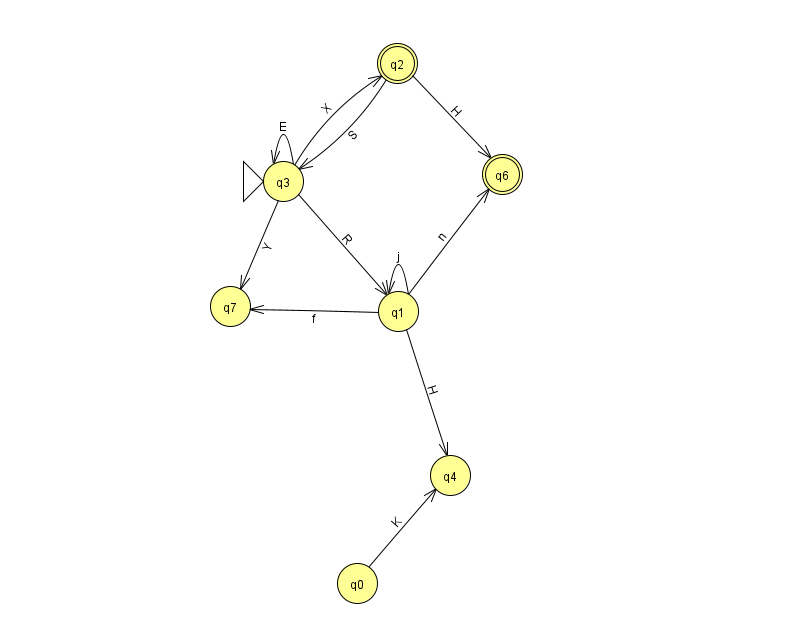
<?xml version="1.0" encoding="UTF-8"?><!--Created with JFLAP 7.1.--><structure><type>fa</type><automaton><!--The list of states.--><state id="0" name="q0"><x>357.0</x><y>570.0</y></state><state id="1" name="q1"><x>398.0</x><y>298.0</y></state><state id="2" name="q2"><x>397.0</x><y>50.0</y><final/></state><state id="3" name="q3"><x>283.0</x><y>168.0</y><initial/></state><state id="4" name="q4"><x>450.0</x><y>462.0</y></state><state id="6" name="q6"><x>502.0</x><y>161.0</y><final/></state><state id="7" name="q7"><x>230.0</x><y>293.0</y></state><!--The list of transitions.--><transition><from>2</from><to>3</to><read>S</read></transition><transition><from>3</from><to>1</to><read>R</read></transition><transition><from>3</from><to>3</to><read>E</read></transition><transition><from>3</from><to>7</to><read>Y</read></transition><transition><from>0</from><to>4</to><read>K</read></transition><transition><from>3</from><to>2</to><read>X</read></transition><transition><from>1</from><to>1</to><read>j</read></transition><transition><from>1</from><to>4</to><read>H</read></transition><transition><from>1</from><to>6</to><read>n</read></transition><transition><from>2</from><to>6</to><read>H</read></transition><transition><from>1</from><to>7</to><read>f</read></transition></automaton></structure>